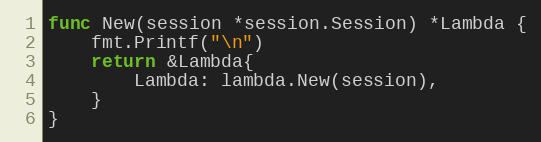
Language: Go
func New(session *session.Session) *Lambda {
	fmt.Printf("\n")
	return &Lambda{
		Lambda: lambda.New(session),
	}
}